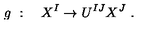
g \ : \quad X ^ { I } \rightarrow U ^ { I J } X ^ { J } \ .